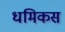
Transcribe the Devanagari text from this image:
धमिकस